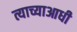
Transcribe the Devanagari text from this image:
त्याच्याआधी